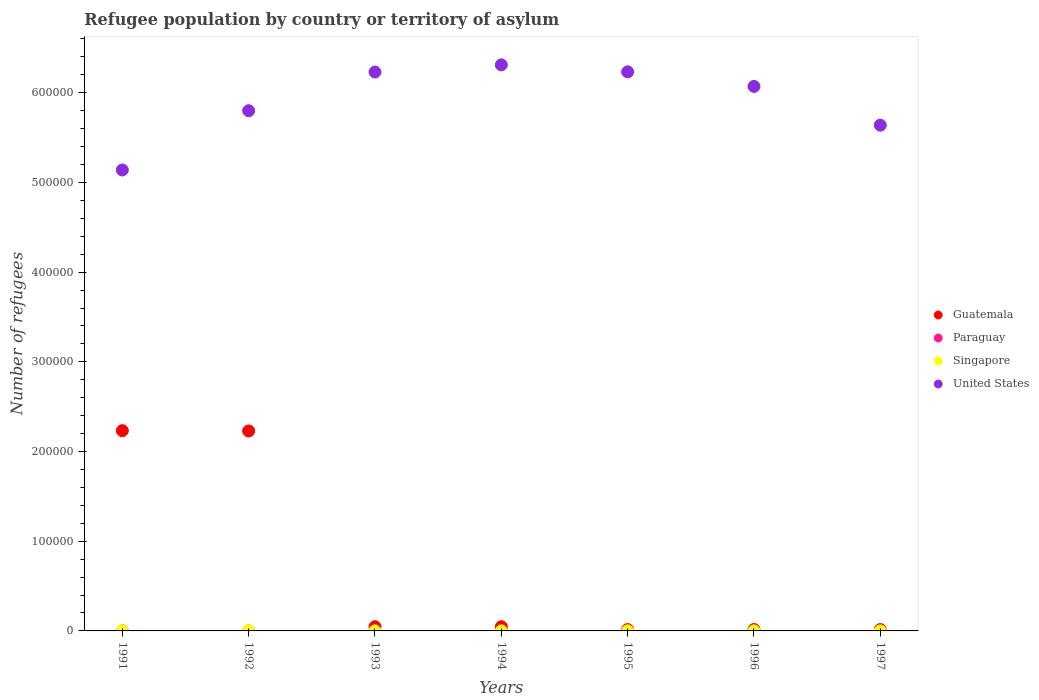
| Years | Guatemala | Paraguay | Singapore | United States |
 | --- | --- | --- | --- | --- |
 | 1991 | 2.23e+05 | 66 | 166 | 5.14e+05 |
 | 1992 | 2.23e+05 | 45 | 115 | 5.8e+05 |
 | 1993 | 4.69e+03 | 52 | 11 | 6.23e+05 |
 | 1994 | 4.67e+03 | 60 | 12 | 6.31e+05 |
 | 1995 | 1.5e+03 | 60 | 112 | 6.23e+05 |
 | 1996 | 1.56e+03 | 53 | 10 | 6.07e+05 |
 | 1997 | 1.51e+03 | 47 | 5 | 5.64e+05 |